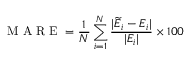
\mathrm { ~ M ~ A ~ R ~ E ~ } = \frac { 1 } { N } \sum _ { i = 1 } ^ { N } \frac { | \widetilde { E } _ { i } - E _ { i } | } { | E _ { i } | } \times 1 0 0 \